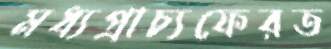
মধ্যপ্রাচ্যফেরত